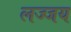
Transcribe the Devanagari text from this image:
लज्जय